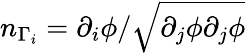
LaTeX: n_{\Gamma_{i}}=\partial_{i}\phi/\sqrt{\partial_{j}\phi\partial_{j}\phi}